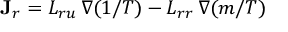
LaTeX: \mathbf { J } _ { r } = L _ { r u } \, \nabla ( 1 / T ) - L _ { r r } \, \nabla ( m / T )